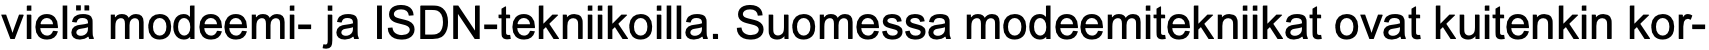
vielä modeemi- ja ISDN-tekniikoilla. Suomessa modeemitekniikat ovat kuitenkin kor-